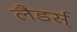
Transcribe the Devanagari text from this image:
लैडर्स्